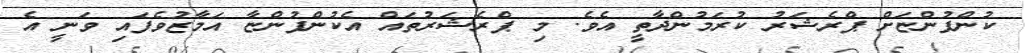
ކުންފުންޏަށް ޕްރެޝަރު ކުރަމުންދާތީ އެވެ. މި ޕްރެޝަރުތައް އެކުންފުންޏާ އަމާޒުވެފައި ވަނީ އެ